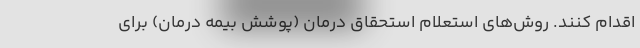
اقدام کنند. روش‌های استعلام استحقاق درمان (پوشش بیمه درمان) برای